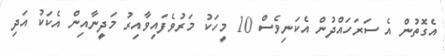
އެގޮތުން އެ ސަރަހައްދުން އެކަނިވެސް 10 މީހަކު މަރުވެފައިވާއިރު މަދީނާއިން އެކަކު އަދި